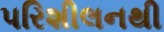
પરિશીલનથી